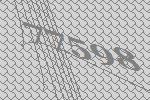
77598